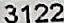
3122